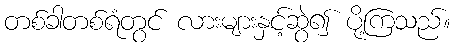
တစ်ခါတစ်ရံတွင် လားများနှင့်ဆွဲ၍ ပို့ကြသည်။